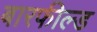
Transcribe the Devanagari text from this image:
बारफील्ड